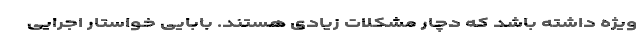
ویژه داشته باشد که دچار مشکلات زیادی هستند. بابایی خواستار اجرایی